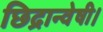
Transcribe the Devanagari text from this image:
छिद्रान्वेषी।